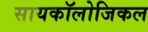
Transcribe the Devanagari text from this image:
सायकॉलोजिकल